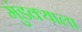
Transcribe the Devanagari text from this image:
मुंडक्याला